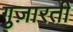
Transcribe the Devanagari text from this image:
गुज़ारती